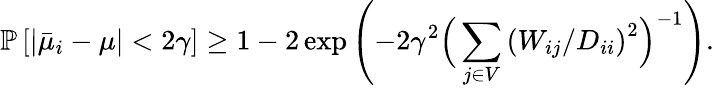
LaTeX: \mathbb{P}\left[\left|\bar{\mu}_{i}-\mu\right|<2\gamma\right]\geq 1-2\exp\left(-2\gamma^{2}\Big(\sum_{j\in V}\left({W_{ij}}/{D_{ii}}\right)^{2}\Big)^{-1}\right).